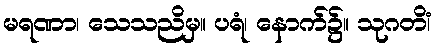
မရဏာ၊ သေသညိမှ။ ပရံ၊ နောက်၌။ သုဂတိံ၊